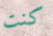
كنت